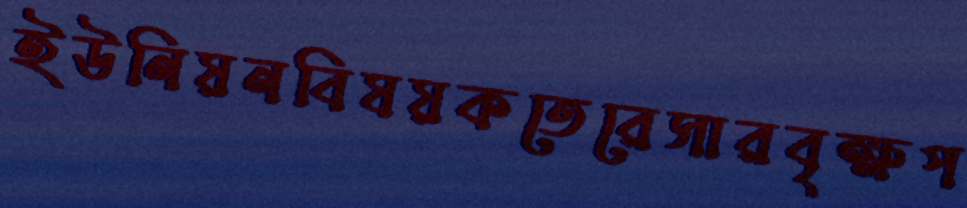
ইউনিয়নবিষয়কতেরেসারবৃক্ষপ